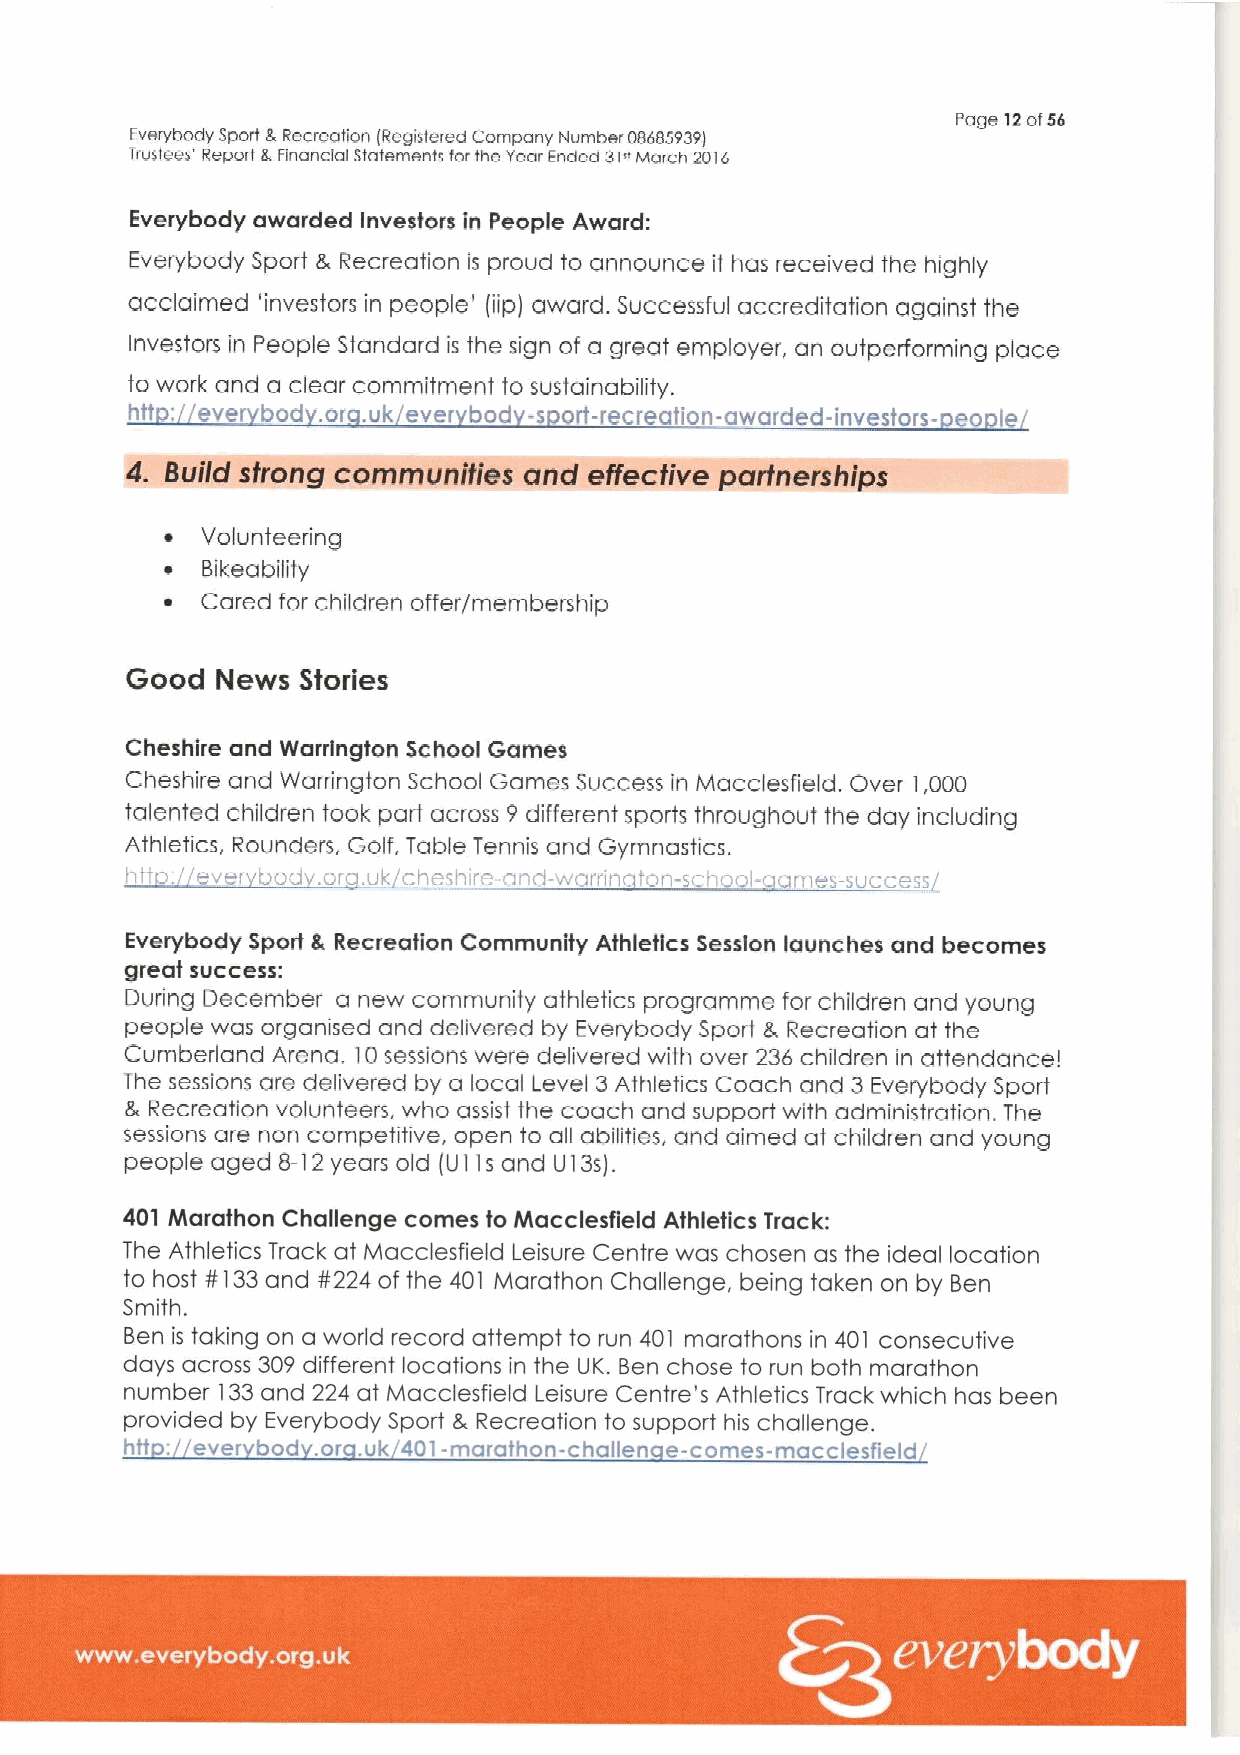
Page 12ot56
 Everybody Sport S.Recreation (Registered Company Number 08683939I
 Trustees' Repen 8, Financial statements forthe Year Ended 3t 'Ivlorch 2016
 Everybody awarded Investors in People Award:
 Everybody Sport 8, Recreation is proud to announce if has received the highly
 acclaimed 'investors in people' (iip) award. Successful accreditation against the
 Investors in People Standard is the sign of a great employer, an outperforming place
 to work and a clear commitment to sustainability.
 htt:
 ever bod or .uk ever bod -s ort-recreation-awarded-investors- eo le
 4t~QN~.
 ~ Volunteering
 ~ Bikeability
 ~ Cared for children offer/membership
 Good  News  Stories
 Cheshire and Warrington School Games
 Cheshire and Warrington School Games Success in Macclesfield. Over 1,000
 talented children took part across 9 different sports throughout the day including
 Athletics, Rounders, Golf, Table Tennis and Gymnastics.
 htto' ever boa or uk chesh;re-ond-worrin too-sr-nool- am s-success
 Everybody Sport L Recreation Community Athletics Session launches and becomes
 great success:
 During December a new community athletics programme for children and young
 people was organised and delivered by Everybody Sport 8, Recreafion at the
 Cumberland Arena. 10sessions were delivered with over 236 children in attendance!
 The sessions are delivered by a local Level 3 Athletics Coach and 3Everybody Sport
 8, Recreation volunteers, who assist the coach and support with administration. The
 sessions are non competitive, open to all abilities, and aimed at children and young
 people aged 8-12years old (Ul Is and U13s).
 401 Ntarathon Challenge comes to Ithacclesfleld Athletics Track:
 The Athletics Track at Macclesfield Leisure Centre was chosen as the ideal location
 to host ¹133and ¹224 of the 401 Marathon Challenge, being taken on by Ben
 Smith.
 Ben is taking on a world record attempt to run 401 marathons in 401 consecutive
 days across 309different locations in the UK. Ben chose to run both marathon
 number 133and 224 at lvlacclesfield Leisure Centre's Athletics Track which has been
 provided by Everybody Sport 8, Recreation to support his challenge.
 htt: ever bod .or .uk 401-marathon-challen e-comes-macclesfield
 ~ ~ ~